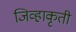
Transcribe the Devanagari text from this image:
जिव्हाकृती